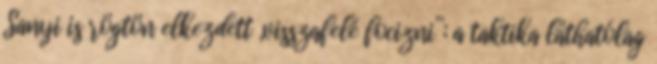
Sanyi is rögtön elkezdett „visszafelé focizni”; a taktika láthatólag